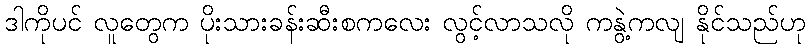
ဒါကိုပင် လူတွေက ပိုးသားခန်းဆီးစကလေး လွင့်လာသလို ကနွဲ့ကလျ နိုင်သည်ဟု